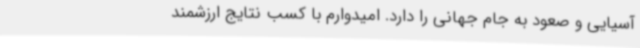
آسیایی و صعود به جام جهانی را دارد. امیدوارم با کسب نتایج ارزشمند